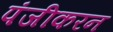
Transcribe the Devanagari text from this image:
पंजीकरन